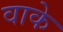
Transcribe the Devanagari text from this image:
वाके